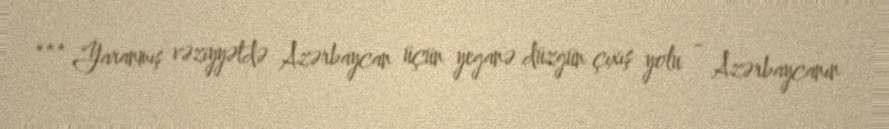
*** Yaranmış vəziyyətdə Azərbaycan üçün yeganə düzgün çıxış yolu - Azərbaycanın